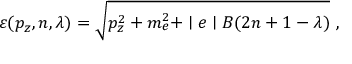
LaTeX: \varepsilon ( p _ { z } , n , \lambda ) = \sqrt { p _ { z } ^ { 2 } + m _ { e } ^ { 2 } + \mid e \mid B ( 2 n + 1 - \lambda ) } ~ ,